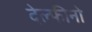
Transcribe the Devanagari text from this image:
देल्फीनो